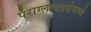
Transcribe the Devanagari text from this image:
पॅराग्लायडर्समध्ये